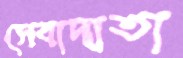
সেবাদাতা